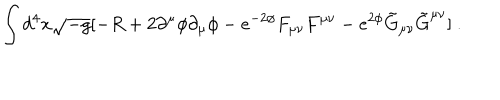
LaTeX: \int { d ^ { 4 } x \sqrt { - g } [ - R + 2 \partial ^ { \mu } \phi \partial _ { \mu } \phi - e ^ { - 2 \phi } F _ { \mu \nu } F ^ { \mu \nu } - e ^ { 2 \phi } \tilde { G } _ { \mu \nu } \tilde { G } ^ { \mu \nu } ] } \ .